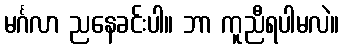
မင်္ဂလာ ညနေခင်းပါ။ ဘာ ကူညီရပါမလဲ။